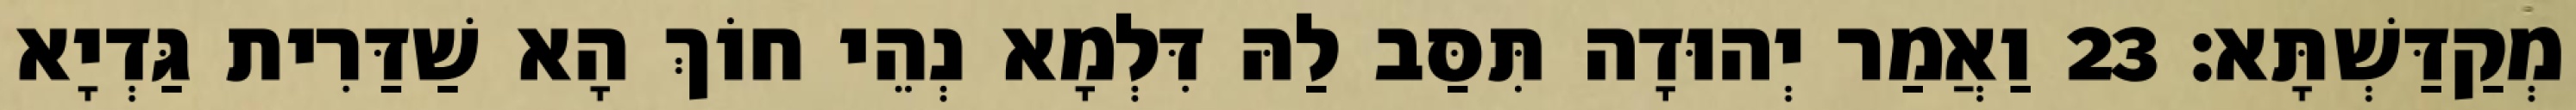
מְקַדַּשְׁתָּא׃ 23 וַאֲמַר יְהוּדָה תִּסַּב לַהּ דִּלְמָא נְהֵי חוֹךְ הָא שַׁדַּרִית גַּדְיָא